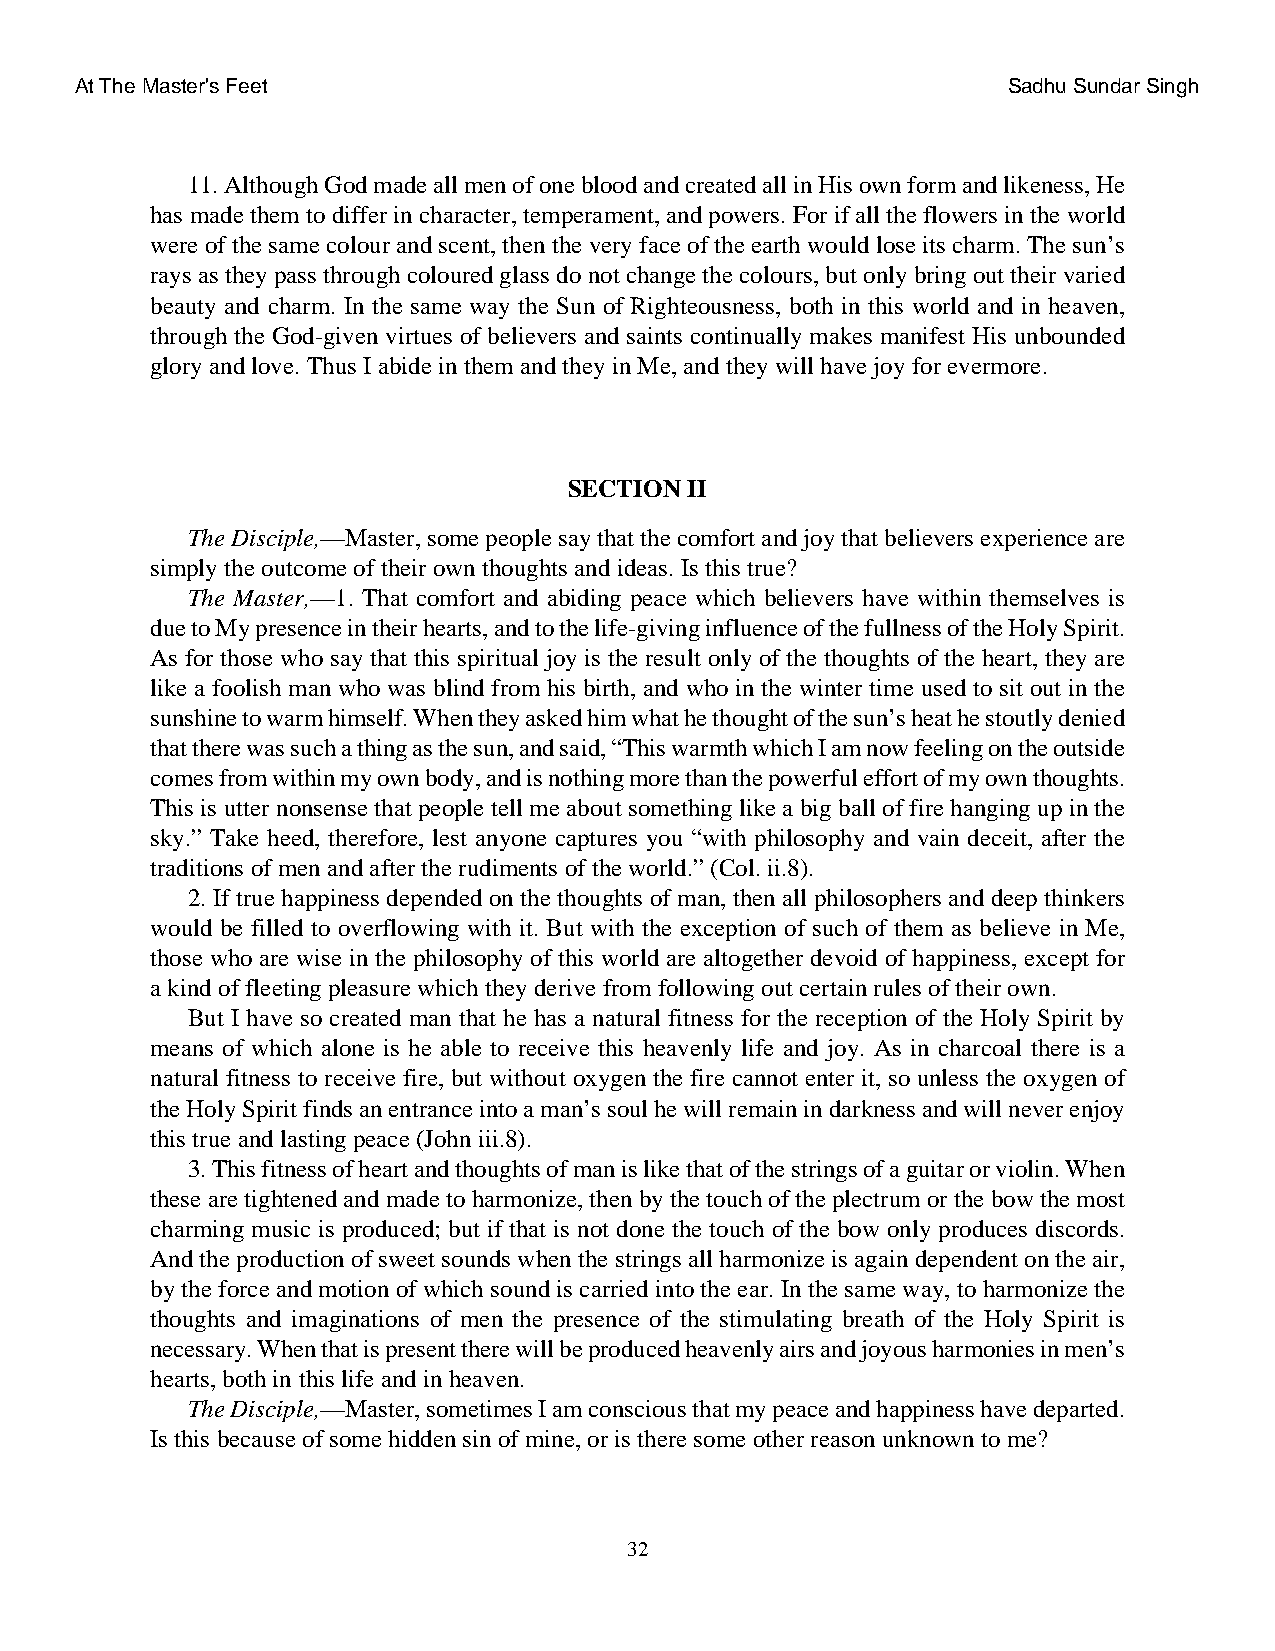
At The Master's Feet                                          Sadhu Sundar Singh
 11. Although God made all men of one blood and created all in His own form and likeness, He
 has made them to differ in character, temperament, and powers. For if all the flowers in the world
 were of the same colour and scent, then the very face of the earth would lose its charm. The sun’s
 rays as they pass through coloured glass do not change the colours, but only bring out their varied
 beauty and charm. In the same way the Sun of Righteousness, both in this world and in heaven,
 through the God-given virtues of believers and saints continually makes manifest His unbounded
 glory and love. Thus I abide in them and they in Me, and they will have joy for evermore.
 SECTION II
 The Disciple,—Master, some people say that the comfort and joy that believers experience are
 simply the outcome of their own thoughts and ideas. Is this true?
 The Master,—1. That comfort and abiding peace which believers have within themselves is
 due to My presence in their hearts, and to the life-giving influence of the fullness of the Holy Spirit.
 As for those who say that this spiritual joy is the result only of the thoughts of the heart, they are
 like a foolish man who was blind from his birth, and who in the winter time used to sit out in the
 sunshine to warm himself. When they asked him what he thought of the sun’s heat he stoutly denied
 that there was such a thing as the sun, and said, “This warmth which I am now feeling on the outside
 comes from within my own body, and is nothing more than the powerful effort of my own thoughts.
 This is utter nonsense that people tell me about something like a big ball of fire hanging up in the
 sky.” Take heed, therefore, lest anyone captures you “with philosophy and vain deceit, after the
 traditions of men and after the rudiments of the world.” (Col. ii.8).
 2. If true happiness depended on the thoughts of man, then all philosophers and deep thinkers
 would be filled to overflowing with it. But with the exception of such of them as believe in Me,
 those who are wise in the philosophy of this world are altogether devoid of happiness, except for
 a kind of fleeting pleasure which they derive from following out certain rules of their own.
 But I have so created man that he has a natural fitness for the reception of the Holy Spirit by
 means of which alone is he able to receive this heavenly life and joy. As in charcoal there is a
 natural fitness to receive fire, but without oxygen the fire cannot enter it, so unless the oxygen of
 the Holy Spirit finds an entrance into a man’s soul he will remain in darkness and will never enjoy
 this true and lasting peace (John iii.8).
 3. This fitness of heart and thoughts of man is like that of the strings of a guitar or violin. When
 these are tightened and made to harmonize, then by the touch of the plectrum or the bow the most
 charming music is produced; but if that is not done the touch of the bow only produces discords.
 And the production of sweet sounds when the strings all harmonize is again dependent on the air,
 by the force and motion of which sound is carried into the ear. In the same way, to harmonize the
 thoughts and imaginations of men the presence of the stimulating breath of the Holy Spirit is
 necessary. When that is present there will be produced heavenly airs and joyous harmonies in men’s
 hearts, both in this life and in heaven.
 The Disciple,—Master, sometimes I am conscious that my peace and happiness have departed.
 Is this because of some hidden sin of mine, or is there some other reason unknown to me?
 32